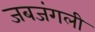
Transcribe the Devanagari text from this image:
जबजंगली